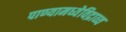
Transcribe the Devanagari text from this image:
पाण्यामध्येविद्राव्य